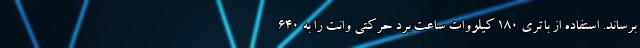
برساند. استفاده از باتری 180 کیلووات ساعت برد حرکتی وانت را به 640